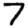
Digit: 7